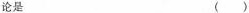
论是( ),